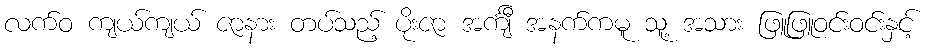
လက်ဝ ကျယ်ကျယ် ဇာနား တပ်သည့် ပိုးဇာ အင်္ကျီ အနက်ကမူ သူ့ အသား ဖြူဖြူဝင်းဝင်းနှင့်